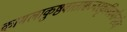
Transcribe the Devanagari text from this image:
कामलाकुष्ठवातास्रज्वरकृमिवमीन्हरेत्